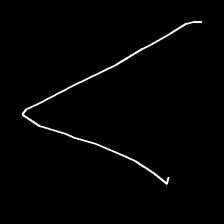
Glyph: region